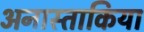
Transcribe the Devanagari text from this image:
अनास्ताकिया